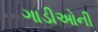
ગાડીઓની